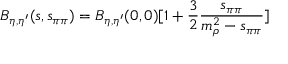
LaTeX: B _ { \eta , \eta ^ { \prime } } ( s , s _ { \pi \pi } ) = B _ { \eta , \eta ^ { \prime } } ( 0 , 0 ) [ 1 + { \frac { 3 } { 2 } } { \frac { s _ { \pi \pi } } { m _ { \rho } ^ { 2 } - s _ { \pi \pi } } } ]